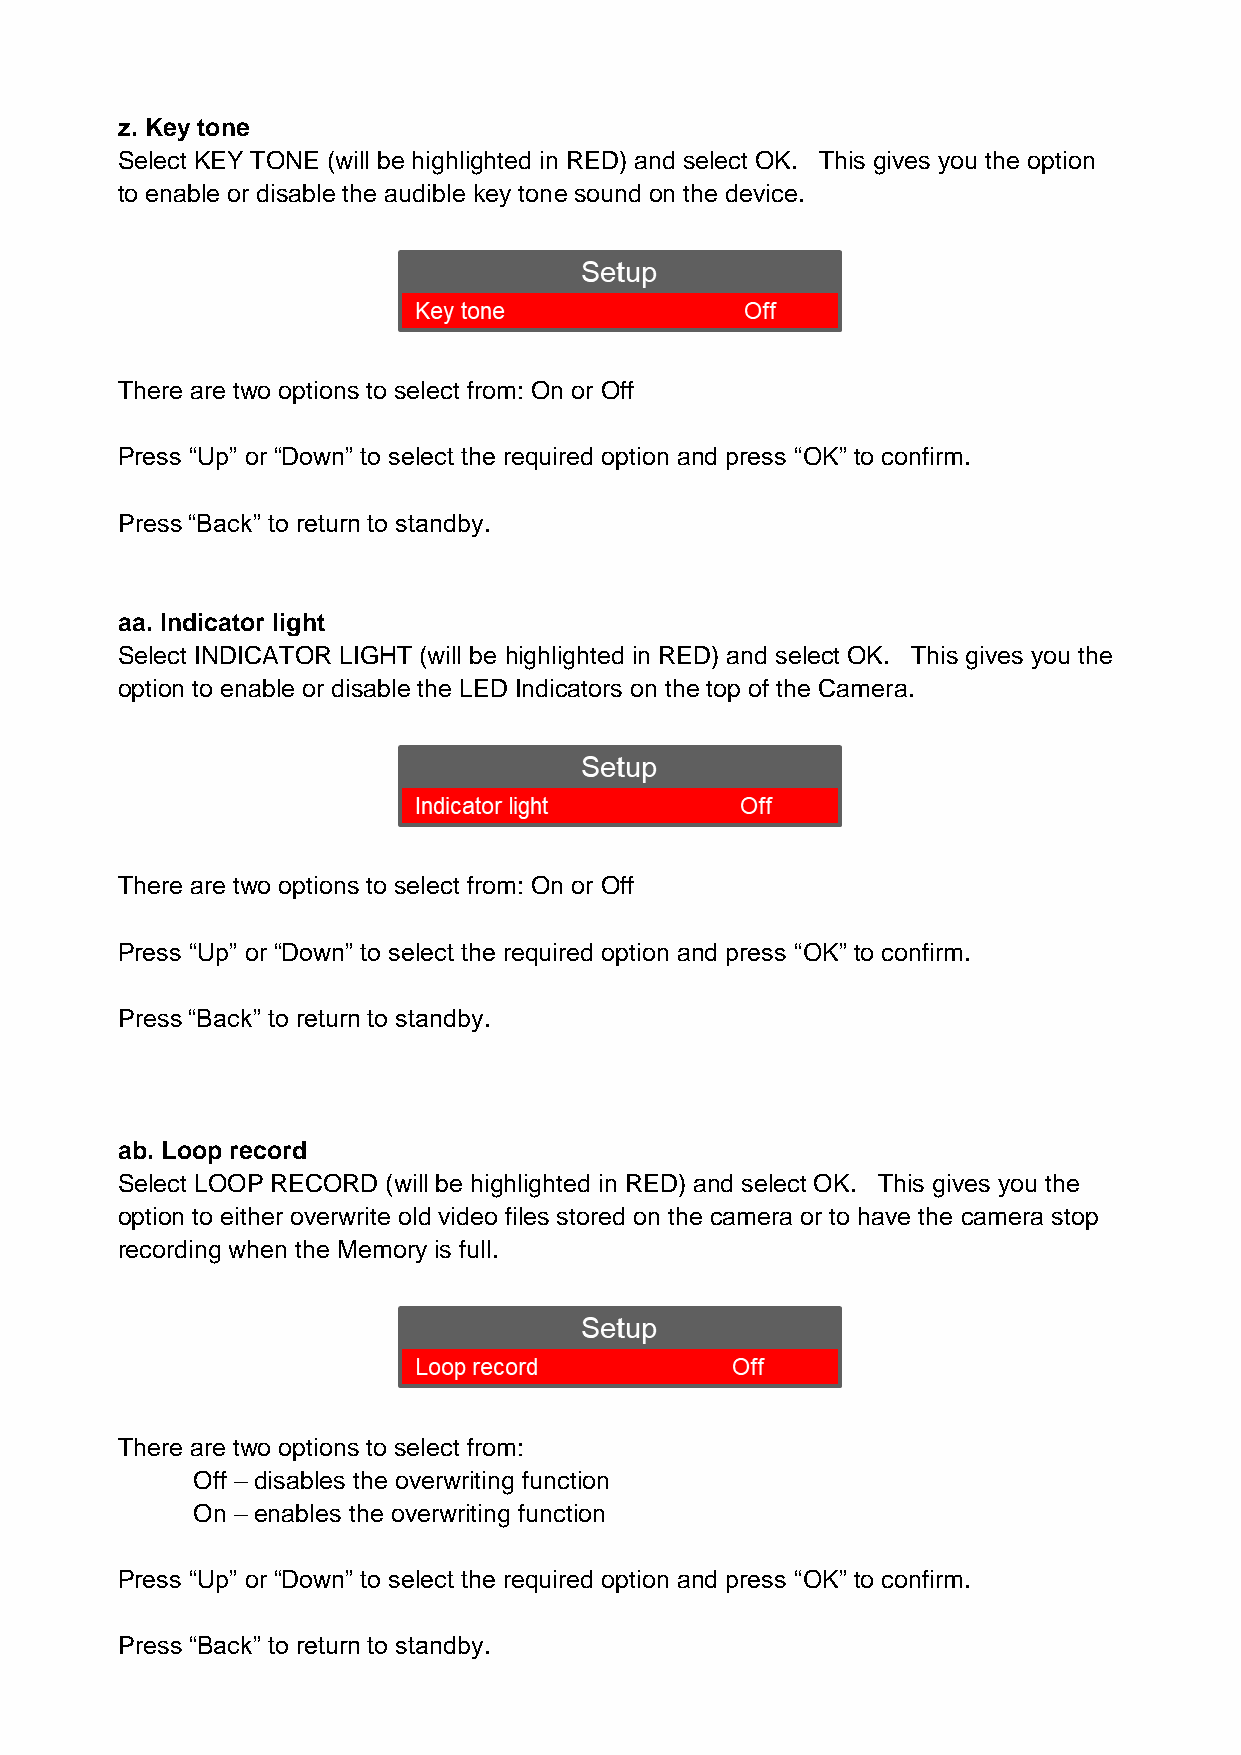
z. Key tone
 Select KEY TONE (will be highlighted in RED) and select OK. This gives you the option
 to enable or disable the audible key tone sound on the device.
 There are two options to select from: On or Off
 Press “Up” or “Down” to select the required option and press “OK” to confirm.
 Press “Back” to return to standby.
 aa. Indicator light
 Select INDICATOR LIGHT (will be highlighted in RED) and select OK. This gives you the
 option to enable or disable the LED Indicators on the top of the Camera.
 There are two options to select from: On or Off
 Press “Up” or “Down” to select the required option and press “OK” to confirm.
 Press “Back” to return to standby.
 ab. Loop record
 Select LOOP RECORD (will be highlighted in RED) and select OK. This gives you the
 option to either overwrite old video files stored on the camera or to have the camera stop
 recording when the Memory is full.
 There are two options to select from:
 Off – disables the overwriting function
 On – enables the overwriting function
 Press “Up” or “Down” to select the required option and press “OK” to confirm.
 Press “Back” to return to standby.